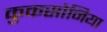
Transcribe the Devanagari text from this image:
कुकसोनिया